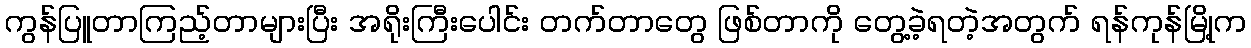
ကွန်ပြူတာကြည့်တာများပြီး အရိုးကြီးပေါင်း တက်တာတွေ ဖြစ်တာကို တွေ့ခဲ့ရတဲ့အတွက် ရန်ကုန်မြို့က